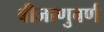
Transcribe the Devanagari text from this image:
बीजाणुवर्ण